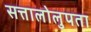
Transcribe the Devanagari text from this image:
सत्तालोलुपता